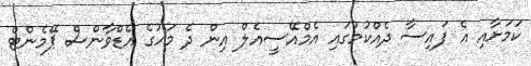
ކަމަށާއި އެ ފައިސާ ދެއްކުމުގައި އެމްއޭސީއެލް އިން ދެ މަހުގެ އެޑްވާންސް ޕޭމެންޓް